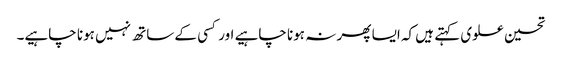
تحسین علوی کہتے ہیں کہ ایسا پھر نہ ہونا چاہیے اور کسی کے ساتھ نہیں ہونا چاہیے۔